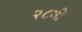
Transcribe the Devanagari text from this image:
२८वीं